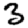
Digit: 3